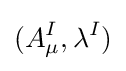
(A_{\mu }^{I},\lambda ^{I})